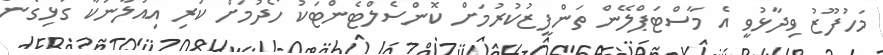
މަހުފޫޒު ވިދާޅުވީ އެ މާސްޓަޕްލޭން ތަންފީޒުކުރުމަށް ކޮންސެލްޓެންޓަކު ހޯދުމަށް ކުރި އިއުލާނަކާ ގުޅިގެން